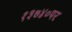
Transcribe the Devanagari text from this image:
१३७४०पर